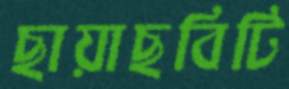
ছায়াছবিটি